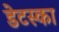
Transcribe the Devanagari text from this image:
डेटस्का